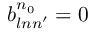
b _ { l n n ^ { \prime } } ^ { n _ { 0 } } = 0